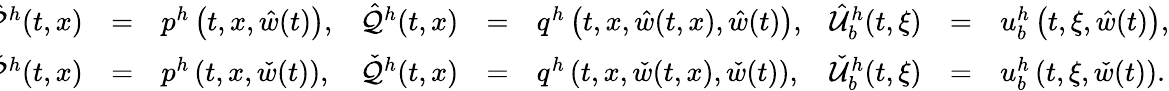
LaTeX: \! \! \! \begin{array}{rclrclrcl}{\hat{\mathcal{P}}^{h}(t,x)}&{=}&{p^{h}\left(t,x,\hat{w}(t)\right),}&{\hat{\mathcal{Q}}^{h}(t,x)}&{=}&{q^{h}\left(t,x,\hat{w}(t,x),\hat{w}(t)\right),}&{\hat{\mathcal{U}}_{b}^{h}(t,\xi)}&{=}&{u_{b}^{h}\left(t,\xi,\hat{w}(t)\right),}\\ {\check{\mathcal{P}}^{h}(t,x)}&{=}&{p^{h}\left(t,x,\check{w}(t)\right),}&{\check{\mathcal{Q}}^{h}(t,x)}&{=}&{q^{h}\left(t,x,\check{w}(t,x),\check{w}(t)\right),}&{\check{\mathcal{U}}_{b}^{h}(t,\xi)}&{=}&{u_{b}^{h}\left(t,\xi,\check{w}(t)\right).}\end{array}